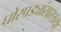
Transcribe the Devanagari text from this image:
घोरपड्यांसारख्या